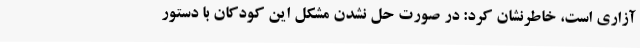
آزاری است، خاطرنشان کرد: در صورت حل نشدن مشکل این کودکان با دستور